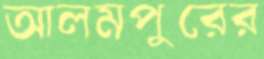
আলমপুরের